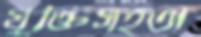
যুক্তিসহতা